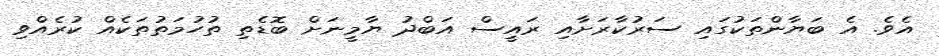
އެވެ. އެ ބަޔާންތަކުގައި ސަރުކާރަށާއި ރައީސް އަބްދު ޔާމީނަށް ބޮޑެތި ތުހުމަތުތަކެއް ކުރެއްވި